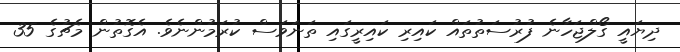
ދިޔައީ ގޯލްޖަހާނެ ފުރުސަތުތައް ކައިރި ކައިރީގައި ތަނަވަސް ކުރަމުންނެވެ. އެގޮތުން މެޗުގެ 35